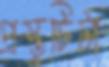
প্রস্তুটিটা